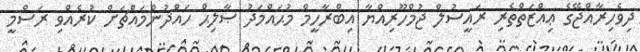
ދިވެހިރާއްޖޭގެ ޢިއްޒަތްތެރި ރައީސުލް ޖުމްހޫރިއްޔާ އިބްރާހީމް މުޙައްމަދު ޞާލިޙް ހައްދުންމައްޗަށް ކުރެއްވި ރަސްމީ